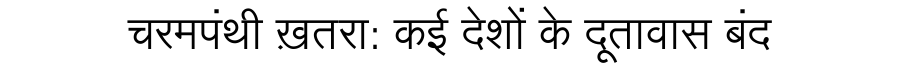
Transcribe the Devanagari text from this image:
चरमपंथी ख़तरा: कई देशों के दूतावास बंद